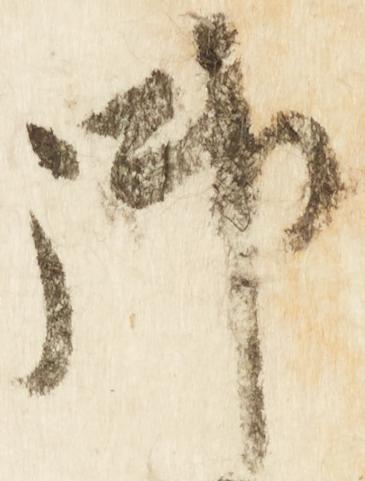
御